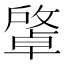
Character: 𢿭